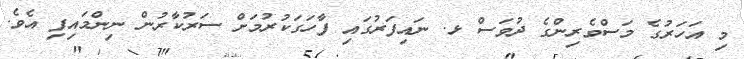
މި އަހަރުގެ މަސްވެރިންގެ ދުވަސް ޅ. ނައިފަރުގައި ފާހަގަކުރުމަށް ސަރުކާރުން ނިންމައިފި އެވެ.